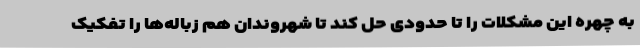
به چهره این مشکلات را تا حدودی حل کند تا شهروندان هم زباله‌ها را تفکیک